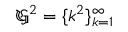
{ \mathfrak { G } } ^ { 2 } = \{ k ^ { 2 } \} _ { k = 1 } ^ { \infty }